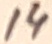
Text: 14